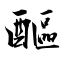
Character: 醧